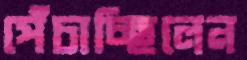
পেঁচাচ্ছিলেন